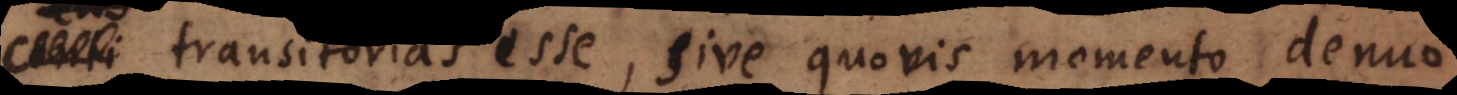
anti transitorias esse, sive quovis momento denuo